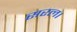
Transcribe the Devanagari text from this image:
सरल।